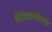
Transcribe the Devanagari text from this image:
शेरोशायरीच्या